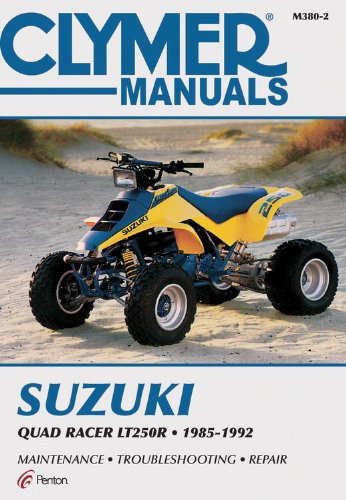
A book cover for Suzuki Quad Racer LT250R (Clymer Manuals: Motorcycle Repair); Penton Staff; Sports & Outdoors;